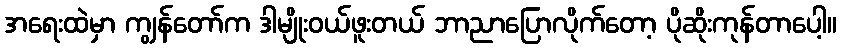
အရေးထဲမှာ ကျွန်တော်က ဒါမျိုးဝယ်ဖူးတယ် ဘာညာပြောလိုက်တော့ ပိုဆိုးကုန်တာပေါ့။